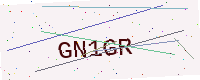
Text: GN1GR